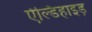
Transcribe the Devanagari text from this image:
ऐल्डिहाइड़